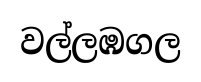
වල්ලඹගල